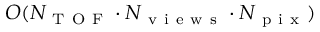
O ( N _ { \mathrm { ~ T ~ O ~ F ~ } } \cdot N _ { \mathrm { ~ v ~ i ~ e ~ w ~ s ~ } } \cdot N _ { \mathrm { ~ p ~ i ~ x ~ } } )